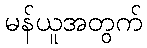
မန်ယူအတွက်